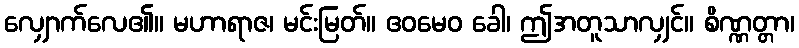
လျှောက်လေ၏။ မဟာရာဇ၊ မင်းမြတ်။ ဧဝမေဝ ခေါ၊ ဤအတူသာလျှင်။ စိဏ္ဏတ္တာ၊